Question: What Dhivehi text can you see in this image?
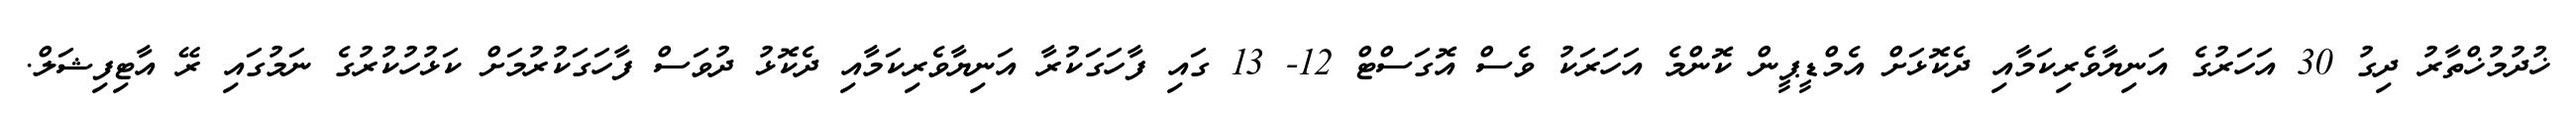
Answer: ޚުދުމުޚްތާރު ދިގު 30 އަހަރުގެ އަނިޔާވެރިކަމާއި ދެކޮޅަށް އެމްޑީޕީން ކޮންމެ އަހަރަކު ވެސް އޮގަސްޓް 12- 13 ގައި ފާހަގަކުރާ އަނިޔާވެރިކަމާއި ދެކޮޅު ދުވަސް ފާހަގަކުރުމަށް ކަޅުހުކުރުގެ ނަމުގައި ރޭ އާޓިފިޝަލް.